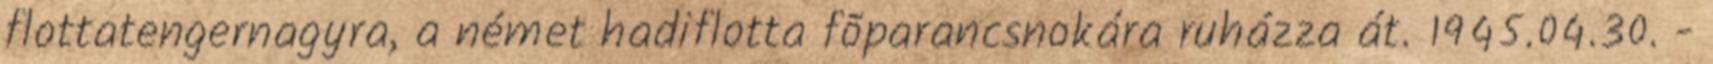
flottatengernagyra, a német hadiflotta fõparancsnokára ruházza át. 1945.04.30. -